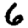
Digit: 6